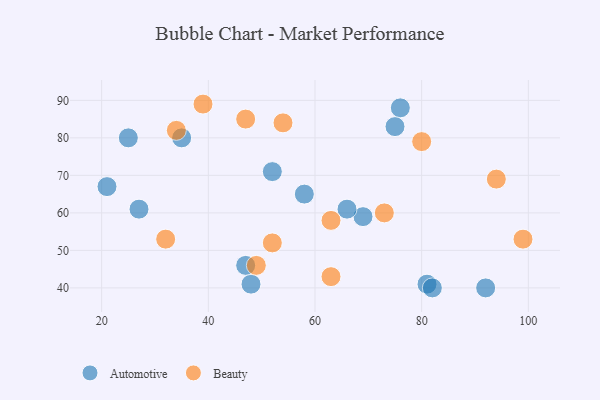
{"axis": {"x": "GDP", "y": "Life Expectancy"}, "legend": ["Automotive", "Beauty"], "data": [{"x": "92", "y": 40, "type": "Automotive"}, {"x": "35", "y": 80, "type": "Automotive"}, {"x": "25", "y": 80, "type": "Automotive"}, {"x": "69", "y": 59, "type": "Automotive"}, {"x": "52", "y": 71, "type": "Automotive"}, {"x": "58", "y": 65, "type": "Automotive"}, {"x": "81", "y": 41, "type": "Automotive"}, {"x": "48", "y": 41, "type": "Automotive"}, {"x": "82", "y": 40, "type": "Automotive"}, {"x": "47", "y": 46, "type": "Automotive"}, {"x": "76", "y": 88, "type": "Automotive"}, {"x": "21", "y": 67, "type": "Automotive"}, {"x": "75", "y": 83, "type": "Automotive"}, {"x": "66", "y": 61, "type": "Automotive"}, {"x": "27", "y": 61, "type": "Automotive"}, {"x": "94", "y": 69, "type": "Beauty"}, {"x": "49", "y": 46, "type": "Beauty"}, {"x": "32", "y": 53, "type": "Beauty"}, {"x": "34", "y": 82, "type": "Beauty"}, {"x": "73", "y": 60, "type": "Beauty"}, {"x": "63", "y": 43, "type": "Beauty"}, {"x": "80", "y": 79, "type": "Beauty"}, {"x": "47", "y": 85, "type": "Beauty"}, {"x": "39", "y": 89, "type": "Beauty"}, {"x": "52", "y": 52, "type": "Beauty"}, {"x": "99", "y": 53, "type": "Beauty"}, {"x": "63", "y": 58, "type": "Beauty"}, {"x": "54", "y": 84, "type": "Beauty"}]}